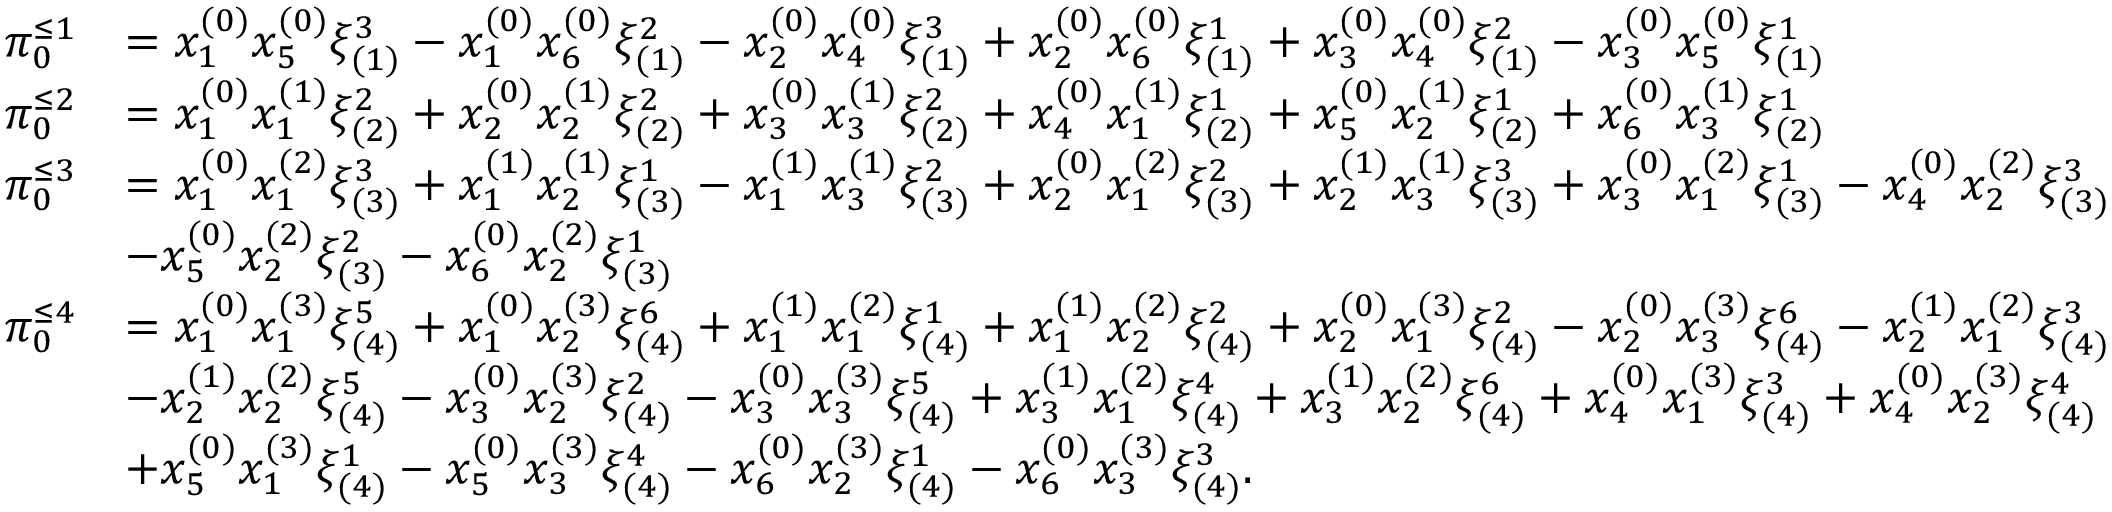
\begin{array} { r l } { \pi _ { 0 } ^ { \leq 1 } } & { = x _ { 1 } ^ { ( 0 ) } x _ { 5 } ^ { ( 0 ) } \xi _ { ( 1 ) } ^ { 3 } - x _ { 1 } ^ { ( 0 ) } x _ { 6 } ^ { ( 0 ) } \xi _ { ( 1 ) } ^ { 2 } - x _ { 2 } ^ { ( 0 ) } x _ { 4 } ^ { ( 0 ) } \xi _ { ( 1 ) } ^ { 3 } + x _ { 2 } ^ { ( 0 ) } x _ { 6 } ^ { ( 0 ) } \xi _ { ( 1 ) } ^ { 1 } + x _ { 3 } ^ { ( 0 ) } x _ { 4 } ^ { ( 0 ) } \xi _ { ( 1 ) } ^ { 2 } - x _ { 3 } ^ { ( 0 ) } x _ { 5 } ^ { ( 0 ) } \xi _ { ( 1 ) } ^ { 1 } } \\ { \pi _ { 0 } ^ { \leq 2 } } & { = x _ { 1 } ^ { ( 0 ) } x _ { 1 } ^ { ( 1 ) } \xi _ { ( 2 ) } ^ { 2 } + x _ { 2 } ^ { ( 0 ) } x _ { 2 } ^ { ( 1 ) } \xi _ { ( 2 ) } ^ { 2 } + x _ { 3 } ^ { ( 0 ) } x _ { 3 } ^ { ( 1 ) } \xi _ { ( 2 ) } ^ { 2 } + x _ { 4 } ^ { ( 0 ) } x _ { 1 } ^ { ( 1 ) } \xi _ { ( 2 ) } ^ { 1 } + x _ { 5 } ^ { ( 0 ) } x _ { 2 } ^ { ( 1 ) } \xi _ { ( 2 ) } ^ { 1 } + x _ { 6 } ^ { ( 0 ) } x _ { 3 } ^ { ( 1 ) } \xi _ { ( 2 ) } ^ { 1 } } \\ { \pi _ { 0 } ^ { \leq 3 } } & { = x _ { 1 } ^ { ( 0 ) } x _ { 1 } ^ { ( 2 ) } \xi _ { ( 3 ) } ^ { 3 } + x _ { 1 } ^ { ( 1 ) } x _ { 2 } ^ { ( 1 ) } \xi _ { ( 3 ) } ^ { 1 } - x _ { 1 } ^ { ( 1 ) } x _ { 3 } ^ { ( 1 ) } \xi _ { ( 3 ) } ^ { 2 } + x _ { 2 } ^ { ( 0 ) } x _ { 1 } ^ { ( 2 ) } \xi _ { ( 3 ) } ^ { 2 } + x _ { 2 } ^ { ( 1 ) } x _ { 3 } ^ { ( 1 ) } \xi _ { ( 3 ) } ^ { 3 } + x _ { 3 } ^ { ( 0 ) } x _ { 1 } ^ { ( 2 ) } \xi _ { ( 3 ) } ^ { 1 } - x _ { 4 } ^ { ( 0 ) } x _ { 2 } ^ { ( 2 ) } \xi _ { ( 3 ) } ^ { 3 } } \\ & { - x _ { 5 } ^ { ( 0 ) } x _ { 2 } ^ { ( 2 ) } \xi _ { ( 3 ) } ^ { 2 } - x _ { 6 } ^ { ( 0 ) } x _ { 2 } ^ { ( 2 ) } \xi _ { ( 3 ) } ^ { 1 } } \\ { \pi _ { 0 } ^ { \leq 4 } } & { = x _ { 1 } ^ { ( 0 ) } x _ { 1 } ^ { ( 3 ) } \xi _ { ( 4 ) } ^ { 5 } + x _ { 1 } ^ { ( 0 ) } x _ { 2 } ^ { ( 3 ) } \xi _ { ( 4 ) } ^ { 6 } + x _ { 1 } ^ { ( 1 ) } x _ { 1 } ^ { ( 2 ) } \xi _ { ( 4 ) } ^ { 1 } + x _ { 1 } ^ { ( 1 ) } x _ { 2 } ^ { ( 2 ) } \xi _ { ( 4 ) } ^ { 2 } + x _ { 2 } ^ { ( 0 ) } x _ { 1 } ^ { ( 3 ) } \xi _ { ( 4 ) } ^ { 2 } - x _ { 2 } ^ { ( 0 ) } x _ { 3 } ^ { ( 3 ) } \xi _ { ( 4 ) } ^ { 6 } - x _ { 2 } ^ { ( 1 ) } x _ { 1 } ^ { ( 2 ) } \xi _ { ( 4 ) } ^ { 3 } } \\ & { - x _ { 2 } ^ { ( 1 ) } x _ { 2 } ^ { ( 2 ) } \xi _ { ( 4 ) } ^ { 5 } - x _ { 3 } ^ { ( 0 ) } x _ { 2 } ^ { ( 3 ) } \xi _ { ( 4 ) } ^ { 2 } - x _ { 3 } ^ { ( 0 ) } x _ { 3 } ^ { ( 3 ) } \xi _ { ( 4 ) } ^ { 5 } + x _ { 3 } ^ { ( 1 ) } x _ { 1 } ^ { ( 2 ) } \xi _ { ( 4 ) } ^ { 4 } + x _ { 3 } ^ { ( 1 ) } x _ { 2 } ^ { ( 2 ) } \xi _ { ( 4 ) } ^ { 6 } + x _ { 4 } ^ { ( 0 ) } x _ { 1 } ^ { ( 3 ) } \xi _ { ( 4 ) } ^ { 3 } + x _ { 4 } ^ { ( 0 ) } x _ { 2 } ^ { ( 3 ) } \xi _ { ( 4 ) } ^ { 4 } } \\ & { + x _ { 5 } ^ { ( 0 ) } x _ { 1 } ^ { ( 3 ) } \xi _ { ( 4 ) } ^ { 1 } - x _ { 5 } ^ { ( 0 ) } x _ { 3 } ^ { ( 3 ) } \xi _ { ( 4 ) } ^ { 4 } - x _ { 6 } ^ { ( 0 ) } x _ { 2 } ^ { ( 3 ) } \xi _ { ( 4 ) } ^ { 1 } - x _ { 6 } ^ { ( 0 ) } x _ { 3 } ^ { ( 3 ) } \xi _ { ( 4 ) } ^ { 3 } . } \end{array}